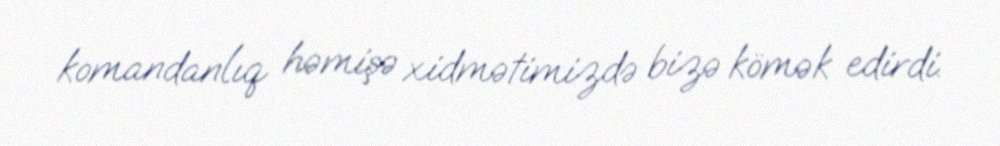
komandanlıq həmişə xidmətimizdə bizə kömək edirdi.